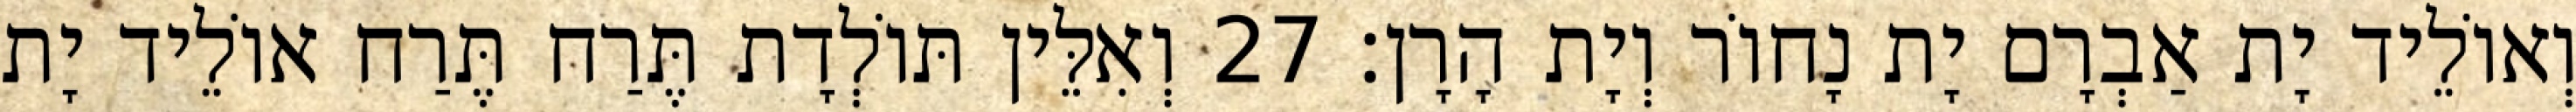
וְאוֹלֵיד יָת אַבְרָם יָת נָחוֹר וְיָת הָרָן׃ 27 וְאִלֵּין תּוֹלְדָת תֶּרַח תֶּרַח אוֹלֵיד יָת